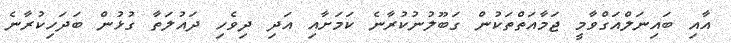
އާއި ބައިނަލްއަގްވާމީ ޖަމާއަތްތަކުން ގަބޫލުނުކުރާނެ ކަމަށާއި އަދި ދިވެހި ދައުލަތާ ގުޅުން ބަދަހިކުރާނެ